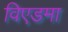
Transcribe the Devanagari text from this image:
विएडमा